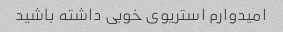
امیدوارم استریوی خوبی داشته باشید